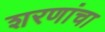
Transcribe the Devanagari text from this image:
शरणांचा